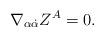
LaTeX: \begin{align*}\nabla _{\alpha \dot \alpha }Z^A=0.\end{align*}